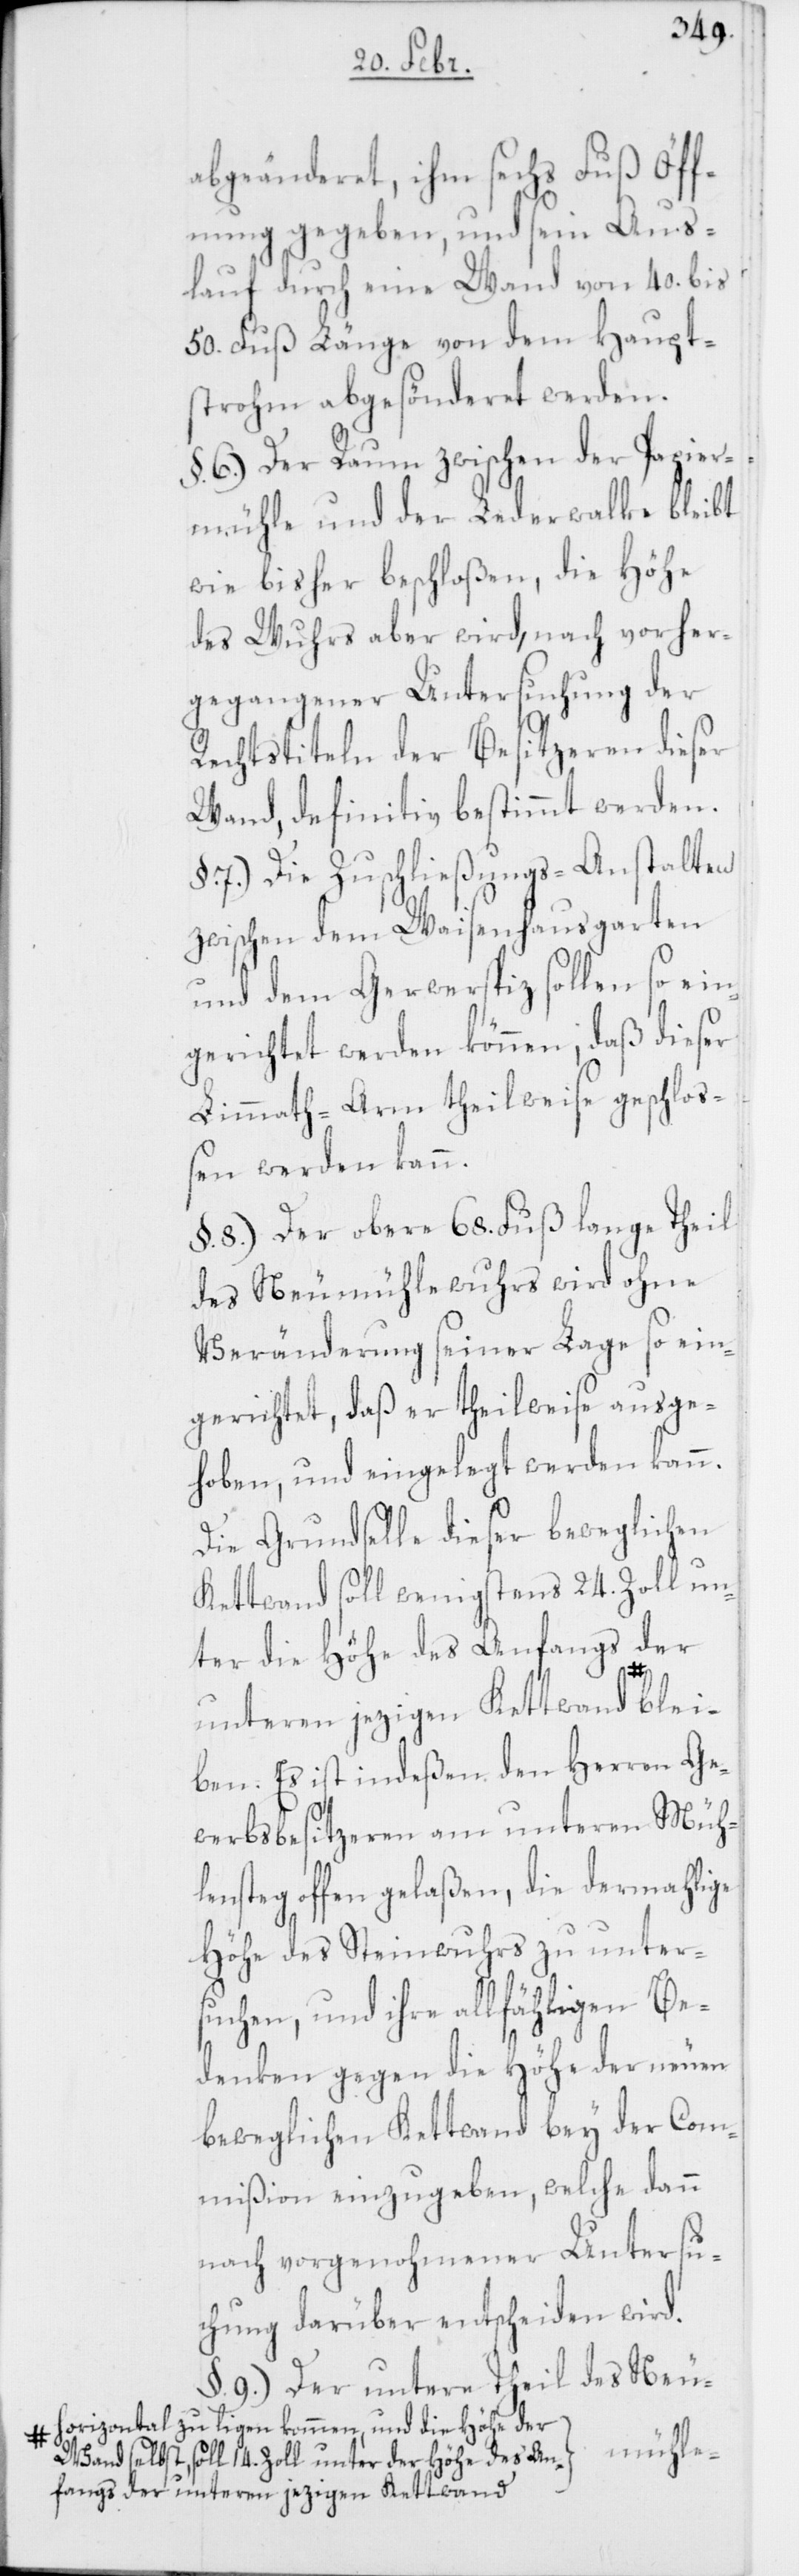
abgeänderet, ihm sechs Fuß Öff¬
nung gegeben, und sein Aus¬
lauf durch eine Wand von 40. bis
50. Fuß Länge von dem Haupt¬
strom abgesönderet werden.
§. 6.) Der Raum zwischen der Papier¬
mühle und der Lederwalke bleibt
wie bisher beschloßen, die Höhe
des Wuhrs aber wird, nach vorher¬
gegangener Untersuchung der
Rechtstiteln der Besitzeren dieser
Wand, definitiv bestimmt werden.
§. 7.) Die Zuschließungs-Anstalten
zwischen dem Waisenhausgarten
und dem Gerwerspitz sollen so ein¬
gerichtet werden können, daß dieser
Limmath-Arm theilweise geschloß¬
en werden kann.
§. 8.) Der obere 68. Fuß lange Theil
des Neumühlewuhrs wird ohne
Veränderung seiner Lage so ein¬
gerichtet, daß er theilweise ausge¬
hoben, und eingelegt werden kann.
Die Grundselle dieser beweglichen
Kettwand soll wenigstens 24. Zoll un¬
der
ter die Höhe des An¬
unteren jezigen Kettwand-a blei¬
ben. Es ist indeßen den Herren Ge¬
werbsbesitzeren am unteren Müh¬
lensteg offen gelaßen, die dermahlige
Höhe des Steinwuhrs zu unter¬
suchen, und ihre allfähligen Be¬
denken gegen die Höhe der neuen
beweglichen Kettwand bey der Com¬
mißion einzugeben, welche dann
nach vorgenohmener Untersu¬
chung darüber entscheiden wird.
§. 9.) Der untere Theil des Neu-
a-horizontal zu ligen kommen, und die Höhe der
Wand selbst, soll 14. Zoll unter der Höhe des Anfangs
fangs der unteren jezigen Kettwand